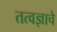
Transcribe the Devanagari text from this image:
तत्वज्ञाचे